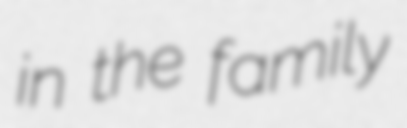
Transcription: in the family